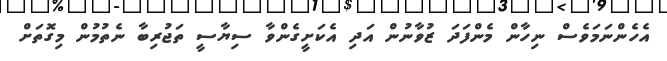
އެހެންނަމަވެސް ނިހާން މެންފަދަ ޒުވާނުން އަދި އެކަށީގެންވާ ސިޔާސީ ތަޖުރިބާ ނެތުމުން މިގޮތަށް